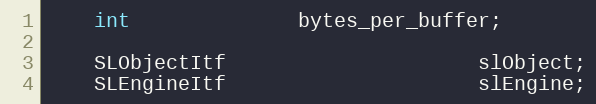
Language: C
    int              bytes_per_buffer;

    SLObjectItf                     slObject;
    SLEngineItf                     slEngine;